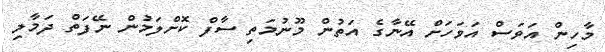
މާހިން އަވަސް އަވަހަށް އޭނާގެ އަތުން މޫނުމަތި ސާފް ކޮށްލަމުން ނޭފަތް ދަމާލި